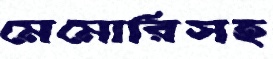
মেমোরিসহ